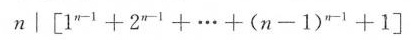
$$n │ \left[ 1 ^ { n - 1 } + 2 ^ { n - 1 } + … + ( n - 1 ) ^ { n - 1 } + 1 \right]$$